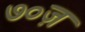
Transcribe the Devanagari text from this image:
७०ज़